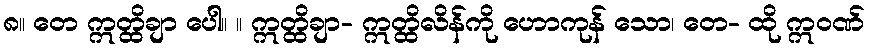
၈။ တေ ဣတ္ထိချာ ပေါ။ ။ ဣတ္ထိချာ- ဣတ္ထိလိန်ကို ဟောကုန် သော၊ တေ- ထို ဣဝဏ်